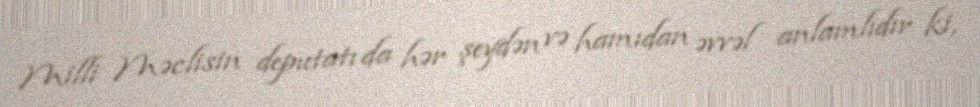
Milli Məclisin deputatı da hər şeydən və hamıdan əvvəl anlamlıdır ki,